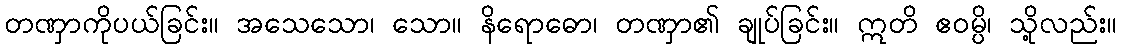
တဏှာကိုပယ်ခြင်း။ အသေသော၊ သော။ နိရောဓော၊ တဏှာ၏ ချုပ်ခြင်း။ ဣတိ ဧဝမ္ပိ၊ သို့လည်း။